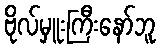
ဗိုလ်မှူးကြီးနော်ဘူ